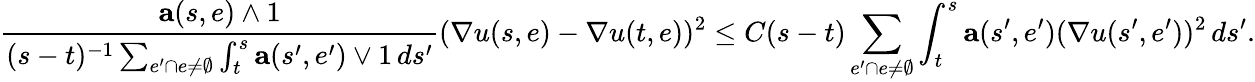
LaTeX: \frac{\mathbf{a}(s,e)\wedge 1}{(s-t)^{-1}\sum_{e^{\prime}\cap e\neq\emptyset}\int_{t}^{s}\mathbf{a}(s^{\prime},e^{\prime})\vee 1\, ds^{\prime}}(\nabla u(s,e)-\nabla u(t,e))^{2}\leq C(s-t)\sum_{e^{\prime}\cap e\neq\emptyset}\int_{t}^{s}\mathbf{a}(s^{\prime},e^{\prime})(\nabla u(s^{\prime},e^{\prime}))^{2}\, ds^{\prime}.